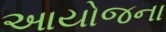
આયોજના